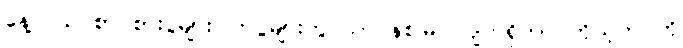
နေ့လယ် စာ စားပွဲများ၊ ကပွဲများတွင်သာ နစ်မြုပ်လျက်ရှိကာ ကိုယ့်ဘဝကို